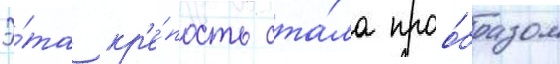
Э́та кр'е́пость ста́ла проо́бразом